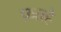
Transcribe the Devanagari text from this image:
फ़तहे